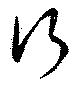
行